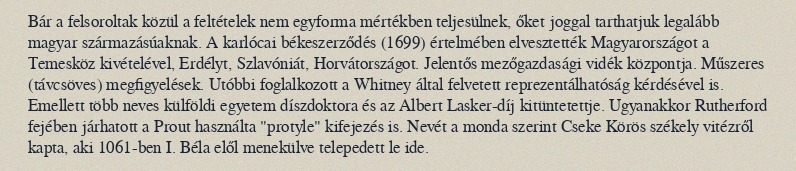
Bár a felsoroltak közül a feltételek nem egyforma mértékben teljesülnek, őket joggal tarthatjuk legalább magyar származásúaknak. A karlócai békeszerződés (1699) értelmében elvesztették Magyarországot a Temesköz kivételével, Erdélyt, Szlavóniát, Horvátországot. Jelentős mezőgazdasági vidék központja. Műszeres (távcsöves) megfigyelések. Utóbbi foglalkozott a Whitney által felvetett reprezentálhatóság kérdésével is. Emellett több neves külföldi egyetem díszdoktora és az Albert Lasker-díj kitüntetettje. Ugyanakkor Rutherford fejében járhatott a Prout használta "protyle" kifejezés is. Nevét a monda szerint Cseke Körös székely vitézről kapta, aki 1061-ben I. Béla elől menekülve telepedett le ide.